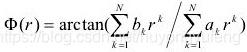
$\Phi(r)=\arctan \left(\sum_{k=1}^{N} b_{k} r^{k} / \sum_{k=1}^{N} a_{k} r^{k}\right)$